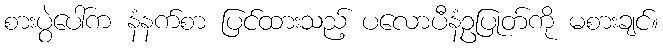
စားပွဲပေါ်က နံနက်စာ ပြင်ထားသည့် ပလောပီနံဥပြုတ်ကို မစားချင်။